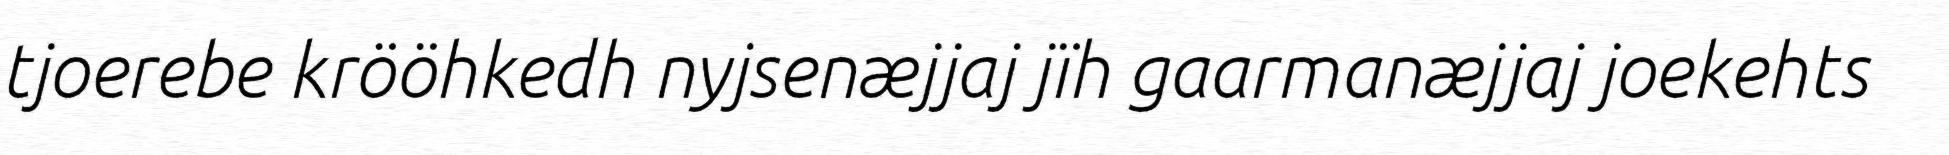
tjoerebe krööhkedh nyjsenæjjaj jïh gaarmanæjjaj joekehts